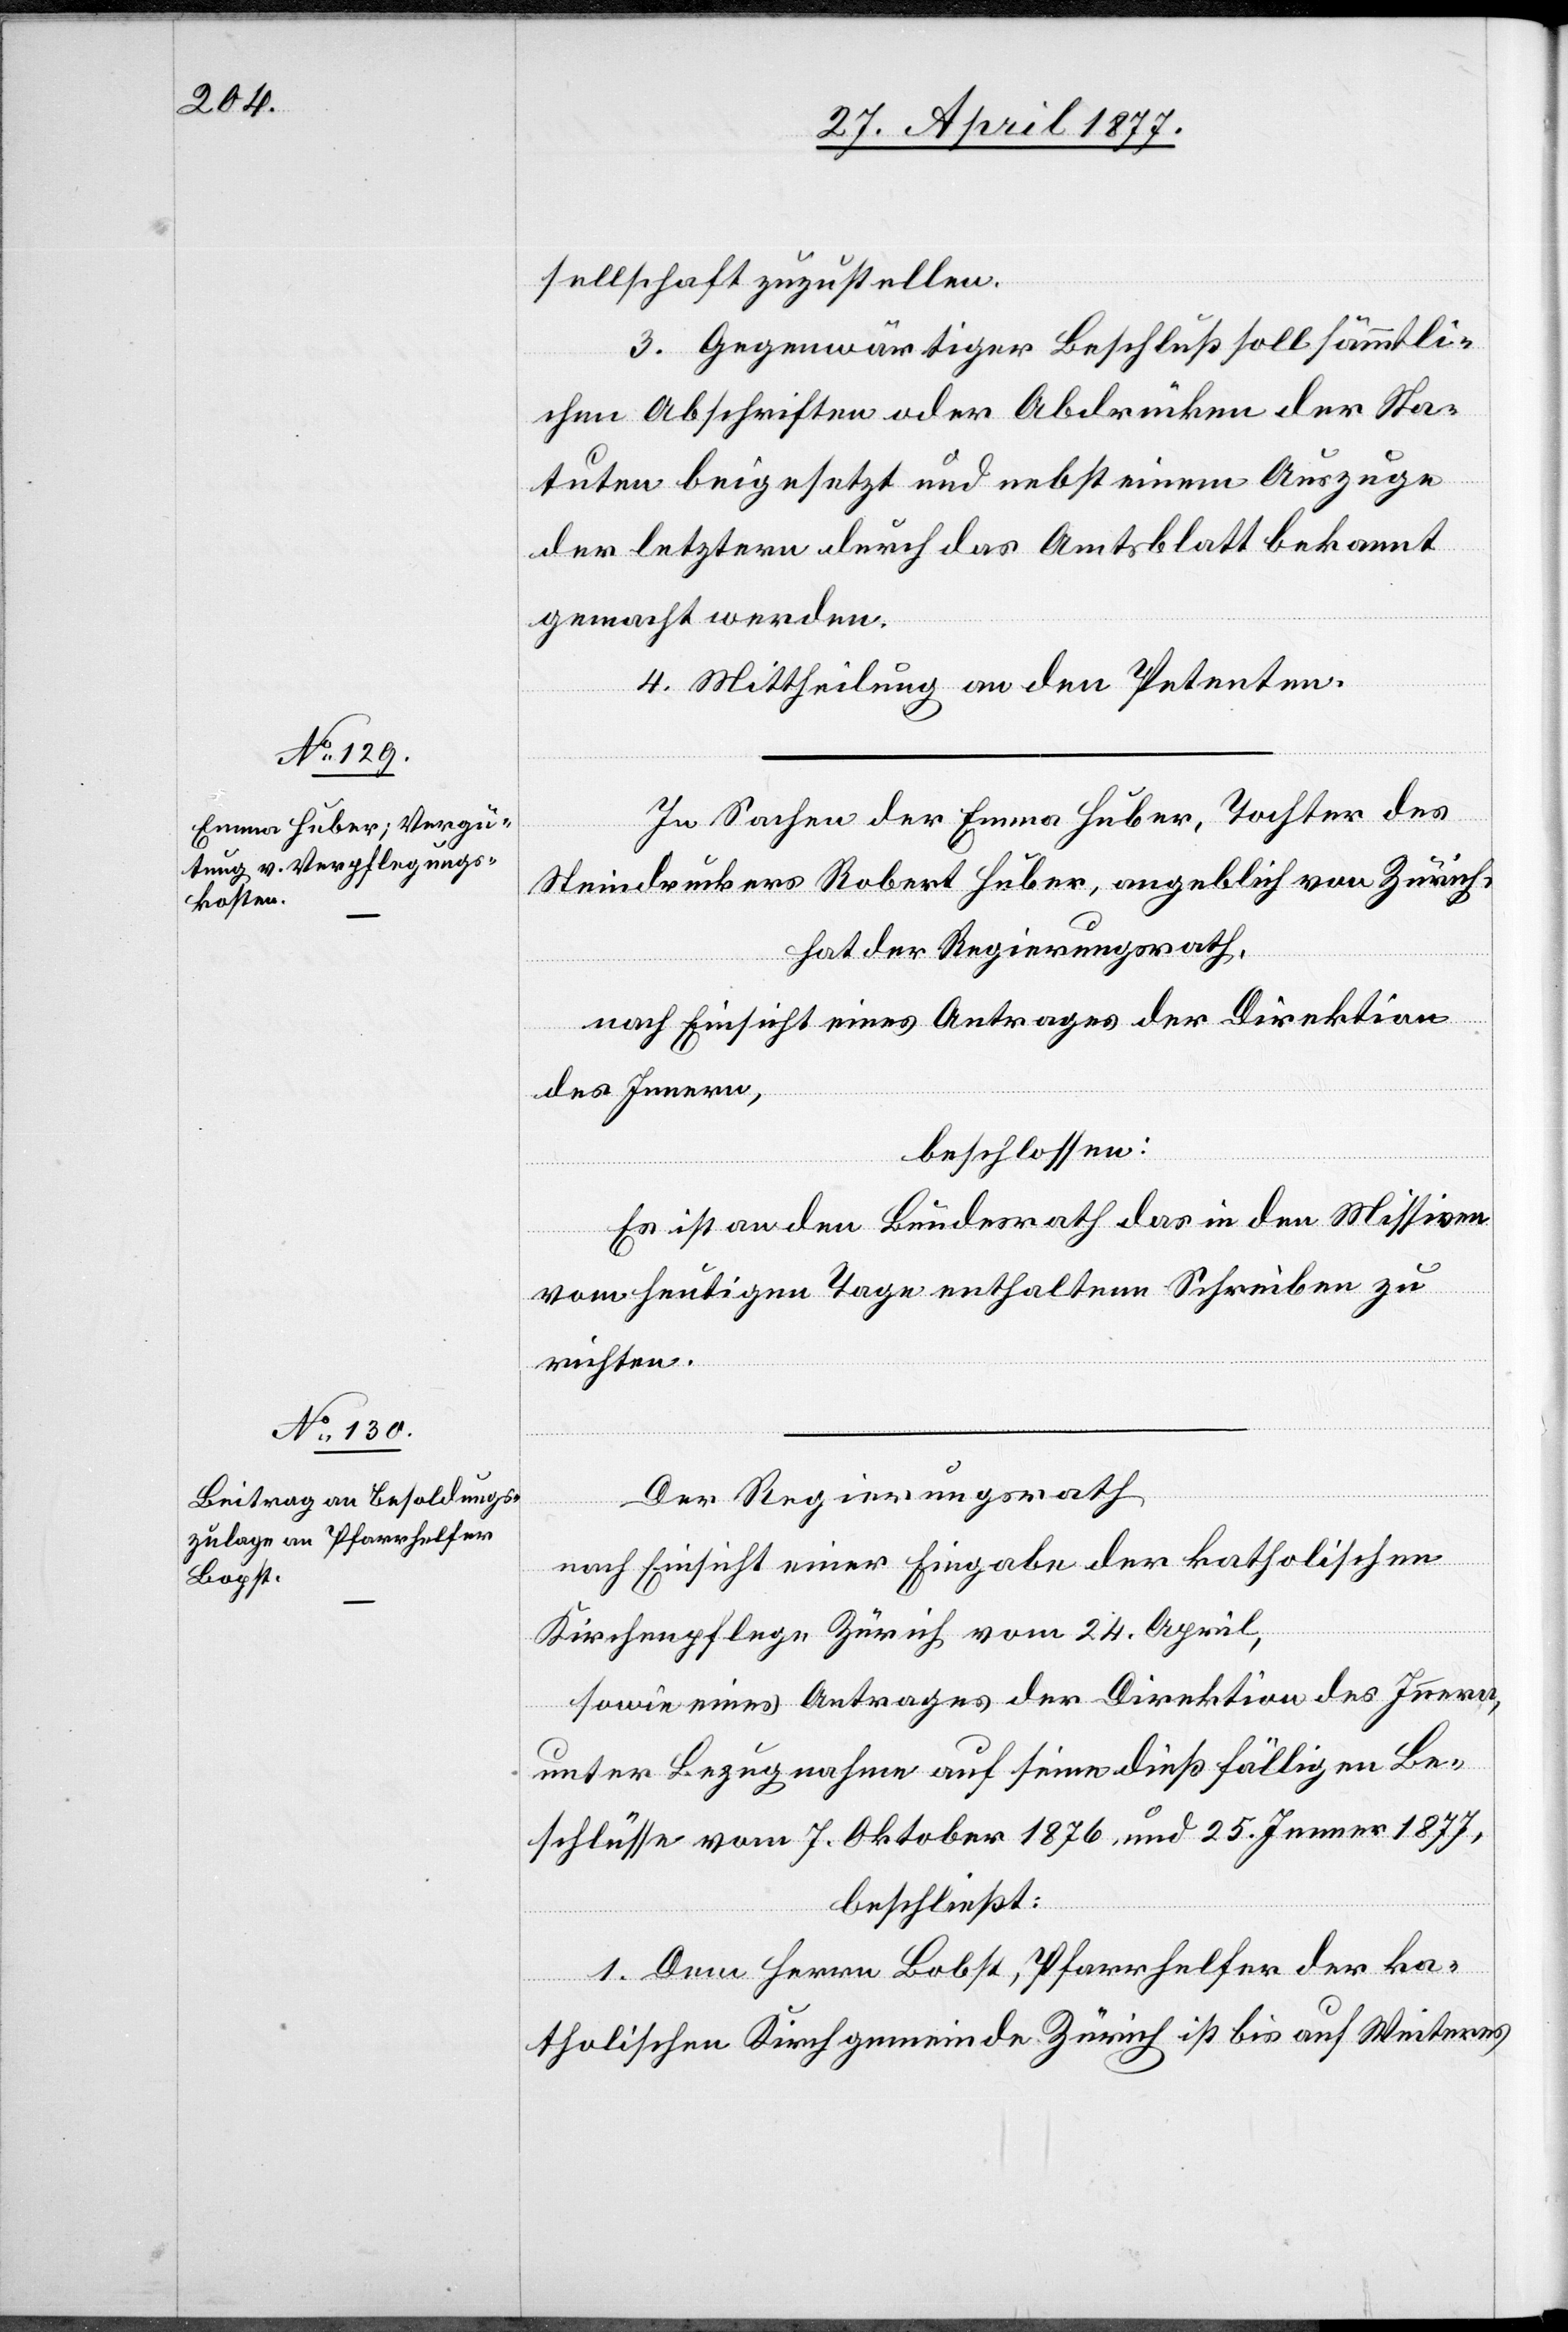
sellschaft zuzustellen.
3. Gegenwärtiger Beschluß soll sämmtli¬
chen Abschriften oder Abdrücken der Sta¬
tuten beigesetzt und nebst einem Auszuge
der letztern durch das Amtsblatt bekannt
gemacht werden.
4. Mittheilung an den Petenten.
In Sachen der Emma Huber, Tochter des
Steindruckers Robert Huber, angeblich von Zürich,
hat der Regierungsrath,
nach Einsicht eines Antrages der Direktion
des Innern,
beschlossen:
Es ist an den Bundesrath das in den Missiven
vom heutigen Tage enthaltene Schreiben zu
richten.
Der Regierungsrath,
nach Einsicht einer Eingabe der katholischen
Kirchenpflege Zürich vom 24. April,
sowie eines Antrages der Direktion des Innern,
unter Bezugnahme auf seine dießfälligen Be¬
schlüsse vom 7. Oktober 1876 und 25. Jenner 1877,
beschließt:
1. Dem Herrn Bobst [sic!], Pfarrhelfer der ka¬
tholischen Kirchgemeinde Zürich ist bis auf Weiteres